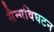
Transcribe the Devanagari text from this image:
सैन्यविघटन